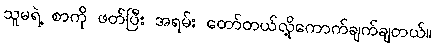
သူမရဲ့ စာကို ဖတ်ပြီး အရမ်း တော်တယ်လို့ကောက်ချက်ချတယ်။